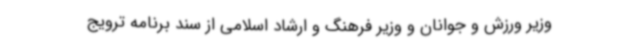
وزیر ورزش و جوانان و وزیر فرهنگ و ارشاد اسلامی از سند برنامه ترویج